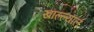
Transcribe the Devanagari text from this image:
खाल्ल्यालं